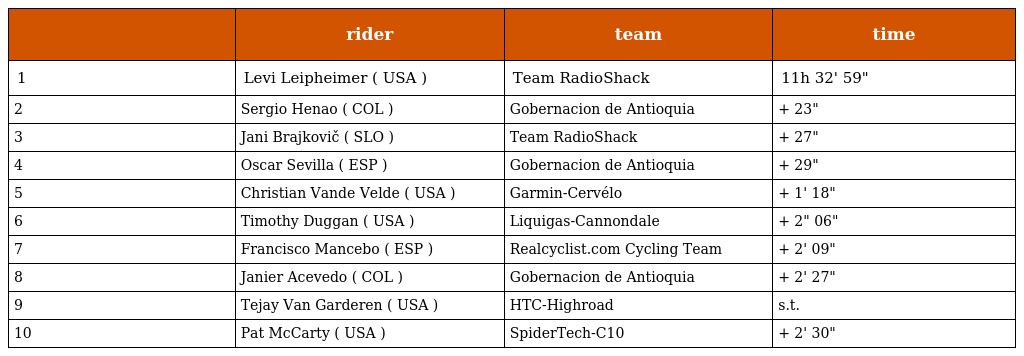
|  | rider | team | time |
 | --- | --- | --- | --- |
 | 1 | Levi Leipheimer ( USA ) | Team RadioShack | 11h 32' 59" |
 | 2 | Sergio Henao ( COL ) | Gobernacion de Antioquia | + 23" |
 | 3 | Jani Brajkovič ( SLO ) | Team RadioShack | + 27" |
 | 4 | Oscar Sevilla ( ESP ) | Gobernacion de Antioquia | + 29" |
 | 5 | Christian Vande Velde ( USA ) | Garmin-Cervélo | + 1' 18" |
 | 6 | Timothy Duggan ( USA ) | Liquigas-Cannondale | + 2" 06" |
 | 7 | Francisco Mancebo ( ESP ) | Realcyclist.com Cycling Team | + 2' 09" |
 | 8 | Janier Acevedo ( COL ) | Gobernacion de Antioquia | + 2' 27" |
 | 9 | Tejay Van Garderen ( USA ) | HTC-Highroad | s.t. |
 | 10 | Pat McCarty ( USA ) | SpiderTech-C10 | + 2' 30" |